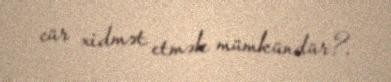
cür xidmət etmək mümkündür?.